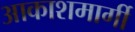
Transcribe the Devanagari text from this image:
आकाशमार्गी